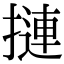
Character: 摙